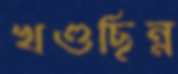
খণ্ডছিন্ন